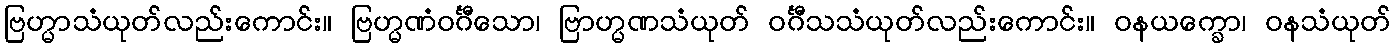
ဗြဟ္မာသံယုတ်လည်းကောင်း။ ဗြဟ္မဏံဝင်္ဂီသော၊ ဗြာဟ္မဏသံယုတ် ဝင်္ဂီသသံယုတ်လည်းကောင်း။ ဝနယက္ခော၊ ဝနသံယုတ်